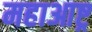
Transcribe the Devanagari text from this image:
महाआष्ट्र